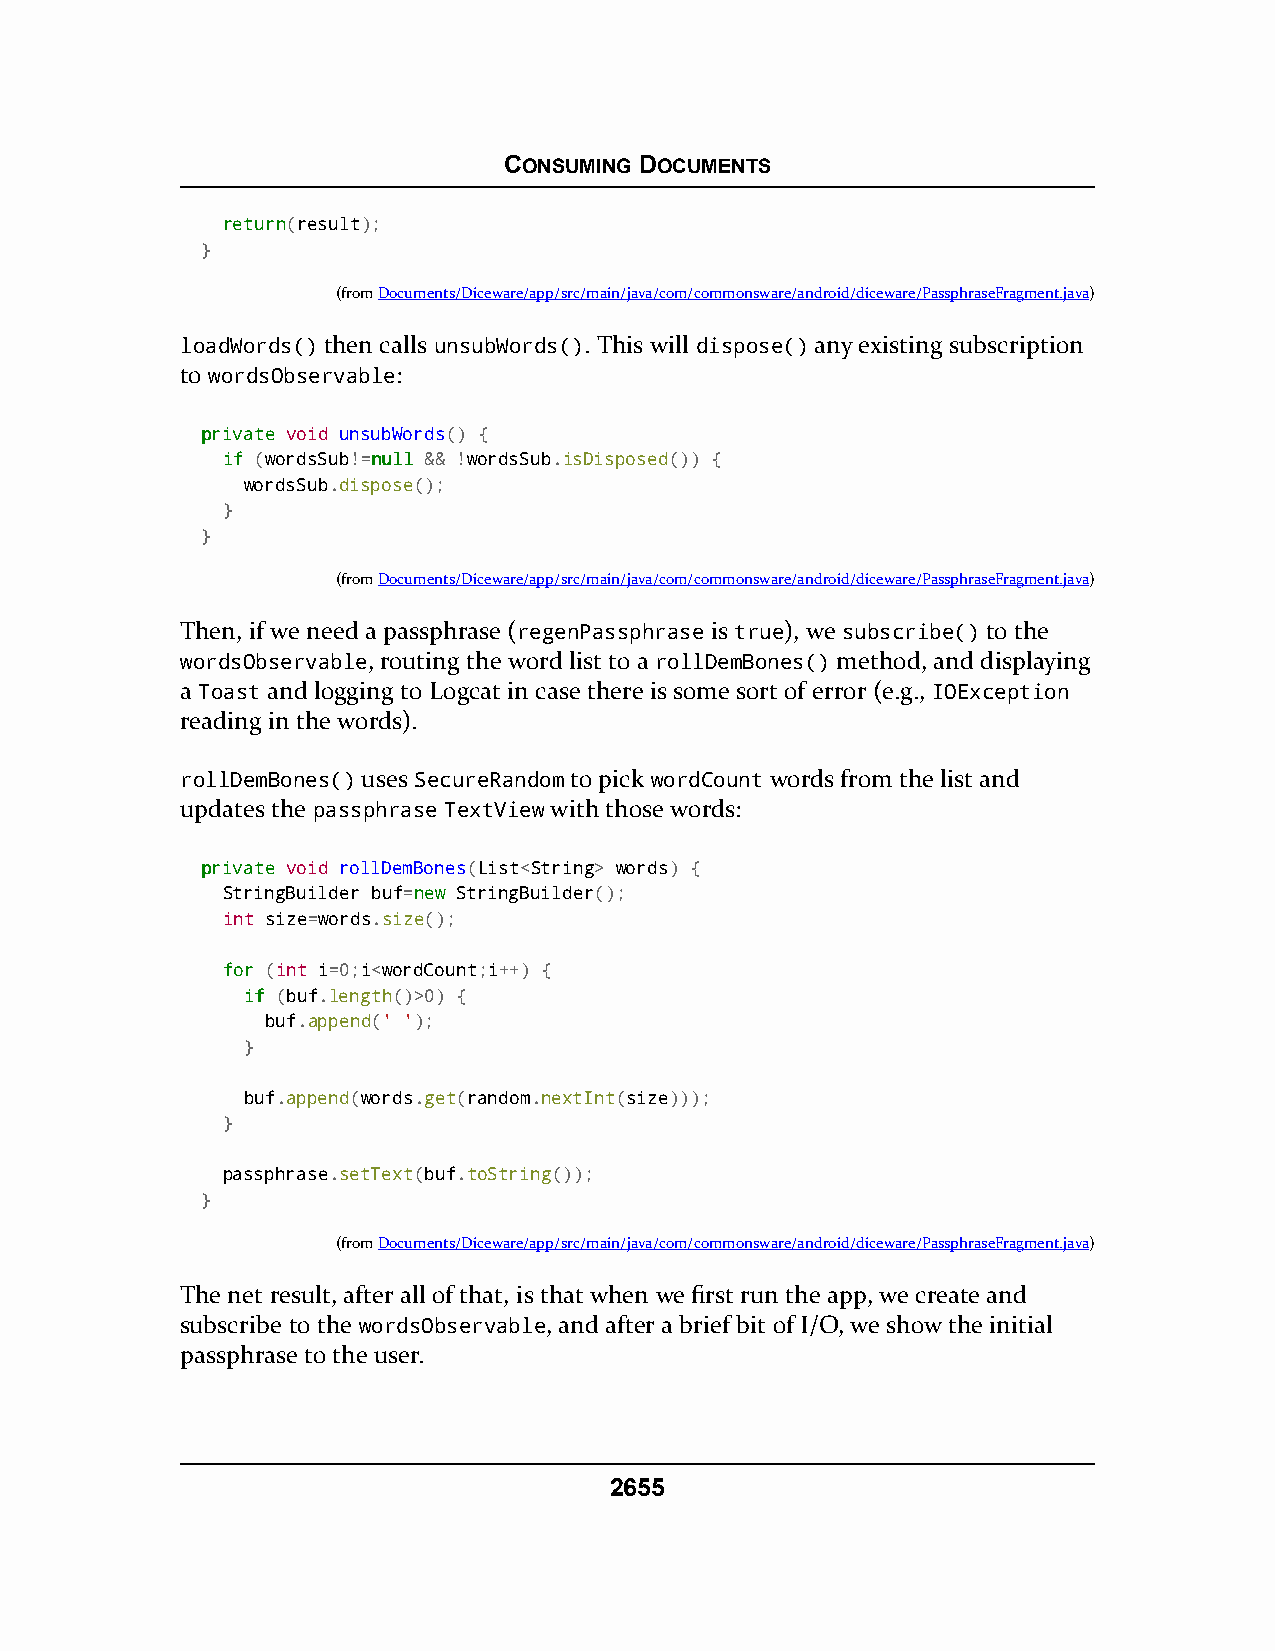
CONSUMING DOCUMENTS
 rreettuurrnn(result);
 }
 (fromDocuments/Diceware/app/src/main/java/com/commonsware/android/diceware/PassphraseFragment.java)
 loadWords() then calls unsubWords(). This will dispose() any existing subscription
 to wordsObservable:
 pprriivvaattee void unsubWords() {
 iiff (wordsSub!=nnuullll && !wordsSub.isDisposed()) {
 wordsSub.dispose();
 }
 }
 (fromDocuments/Diceware/app/src/main/java/com/commonsware/android/diceware/PassphraseFragment.java)
 Then, if we need a passphrase (regenPassphrase is true), we subscribe() to the
 wordsObservable, routing the word list to a rollDemBones() method, and displaying
 a Toast and logging to Logcat in case there is some sort of error (e.g., IOException
 reading in the words).
 rollDemBones() uses SecureRandom to pick wordCount words from the list and
 updates the passphrase TextView with those words:
 pprriivvaattee void rollDemBones(List<String> words) {
 StringBuilder buf=nneeww StringBuilder();
 int size=words.size();
 ffoorr (int i=0;i<wordCount;i++) {
 iiff (buf.length()>0) {
 buf.append(' ');
 }
 buf.append(words.get(random.nextInt(size)));
 }
 passphrase.setText(buf.toString());
 }
 (fromDocuments/Diceware/app/src/main/java/com/commonsware/android/diceware/PassphraseFragment.java)
 The net result, after all of that, is that when we first run the app, we create and
 subscribe to the wordsObservable, and after a brief bit of I/O, we show the initial
 passphrase to the user.
 2655